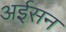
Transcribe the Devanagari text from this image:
अईसन